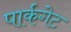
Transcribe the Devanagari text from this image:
पार्कगेट